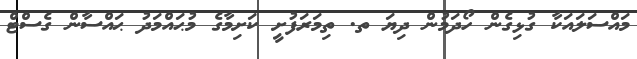
މައްސަލައަކާ ގުޅިގެން ހޯދަމުން ދިޔަ ތ. ތިމަރަފުށީ ކަށިމާގެ މުޙައްމަދު ޙައްސާން ގެސްޓް